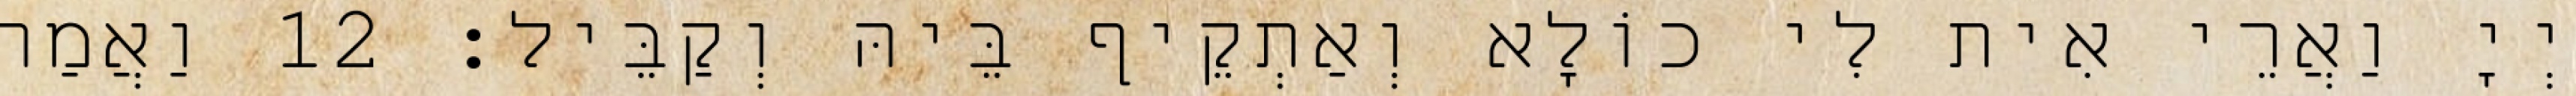
יְיָ וַאֲרֵי אִית לִי כוֹלָא וְאַתְקֵיף בֵּיהּ וְקַבֵּיל׃ 12 וַאֲמַר